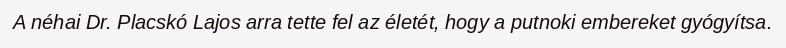
A néhai Dr. Placskó Lajos arra tette fel az életét, hogy a putnoki embereket gyógyítsa.